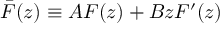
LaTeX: \bar { F } ( z ) \equiv A F ( z ) + B z F ^ { \prime } ( z )